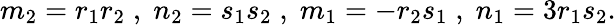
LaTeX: m_{2}=r_{1}r_{2}\; ,\; n_{2}=s_{1}s_{2}\; ,\; m_{1}=-r_{2}s_{1}\; ,\; n_{1}=3r_{1}s_{2}.